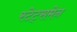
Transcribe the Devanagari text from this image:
स्टेट्समेन